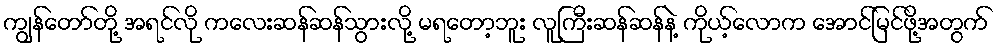
ကျွန်တော်တို့ အရင်လို ကလေးဆန်ဆန်သွားလို့ မရတော့ဘူး လူကြီးဆန်ဆန်နဲ့ ကိုယ့်လောက အောင်မြင်ဖို့အတွက်